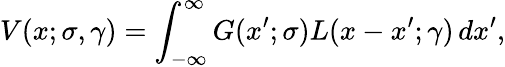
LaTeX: V(x;\sigma,\gamma)=\int_{-\infty}^{\infty}G(x^{\prime};\sigma)L(x-x^{\prime};\gamma)\, dx^{\prime},